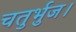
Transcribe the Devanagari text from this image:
चतुर्भुज।